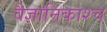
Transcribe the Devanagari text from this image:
वैज्ञानिकाश्च